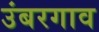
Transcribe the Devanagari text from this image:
उंबरगाव